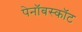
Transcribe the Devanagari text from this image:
पेनॉबस्कॉट